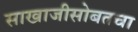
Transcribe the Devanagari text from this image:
साखाजीसोबतचा